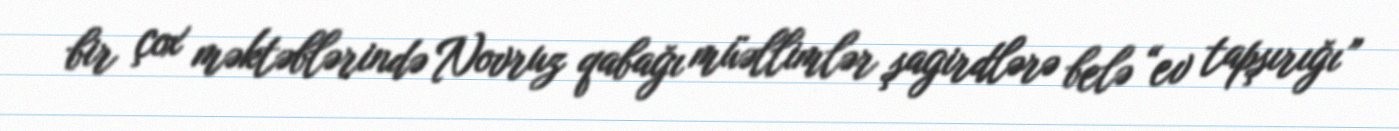
bir çox məktəblərində Novruz qabağı müəllimlər şagirdlərə belə “ev tapşırığı”